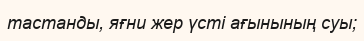
тастанды, яғни жер үсті ағынының суы;